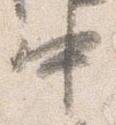
中